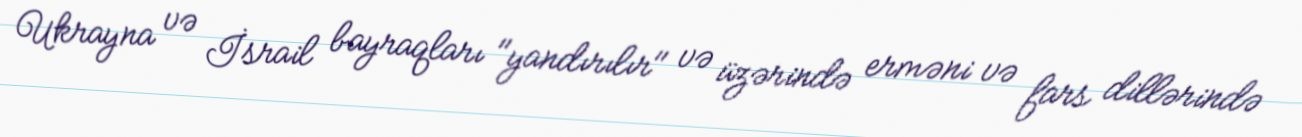
Ukrayna və İsrail bayraqları "yandırılır" və üzərində erməni və fars dillərində